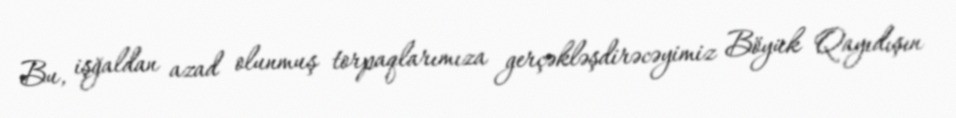
Bu, işğaldan azad olunmuş torpaqlarımıza gerçəkləşdirəcəyimiz Böyük Qayıdışın